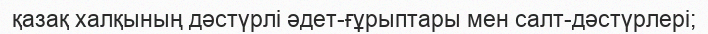
қазақ халқының дәстүрлі әдет-ғұрыптары мен салт-дәстүрлері;